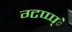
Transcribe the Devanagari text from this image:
ग्टप्प्प्े